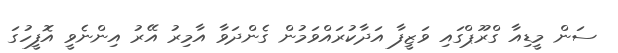
ސަން މީޑިއާ ގްރޫޕްގައި ވަޒީފާ އަދާކުރައްވަމުން ގެންދަވާ އާމިރު އޭރު އިންނެވީ އޮފީހުގަ